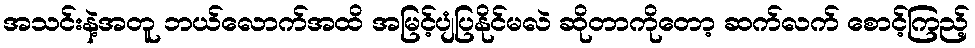
အသင်းနဲ့အတူ ဘယ်လောက်အထိ အမြင့်ပျံပြနိုင်မလဲ ဆိုတာကိုတော့ ဆက်လက် စောင့်ကြည့်